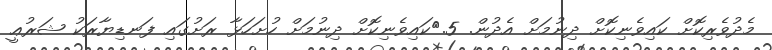
މެދުވެރިކޮށް ކައިވެނިކޮށް ދިނުމަށް އެދުން. 5.	ކައިވެނިކޮށް ދިނުމަށް ހުށަހަޅާ ރަށުގައި ފަނޑިޔާރަކު ޝަރުޢީ